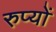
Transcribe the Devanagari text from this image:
रुप्यों